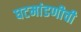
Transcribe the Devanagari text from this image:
घटमांडणीची